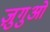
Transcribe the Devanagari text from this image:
ज़ुगुओ